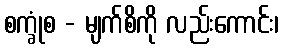
စက္ခုံစ - မျက်စိကို လည်းကောင်း၊